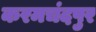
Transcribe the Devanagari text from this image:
करमचंदपुर